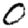
Digit: 0